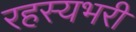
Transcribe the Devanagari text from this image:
रहस्यभरी